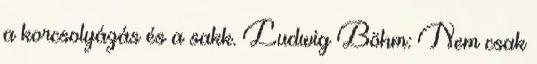
a korcsolyázás és a sakk. Ludwig Böhm: Nem csak